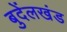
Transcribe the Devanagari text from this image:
बुदेंलखंड